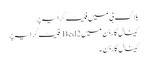
بلاک بی میں فلیٹ کرایہ پر
کینال گارڈن میں 2 Bed فلیٹ کرایہ پر
کینال گارڈن ۔